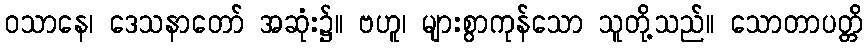
ဝသာနေ၊ ဒေသနာတော် အဆုံး၌။ ဗဟူ၊ များစွာကုန်သော သူတို့သည်။ သောတာပတ္တိ